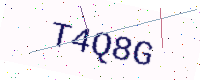
Text: T4Q8G